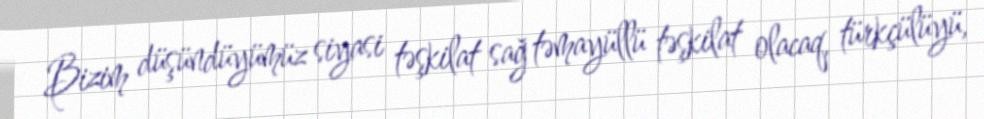
Bizim düşündüyümüz siyasi təşkilat sağ təmayüllü təşkilat olacaq, türkçülüyü,